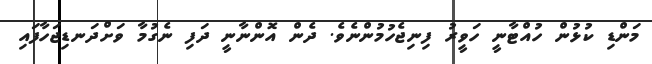
މަންޑި ކުޅުން ހުއްޓާނީ ހަވީރު ފިނިޖެހުމުންނެވެ. ދެން އޮންނާނީ ދަފި ނެގުމާ ވަށްދަނޑިޖަހާފައި